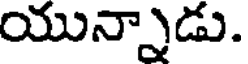
యున్నాడు.